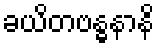
ခယိတဗန္ဓနာနိ